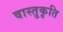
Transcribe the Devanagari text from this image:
वास्तुकृति